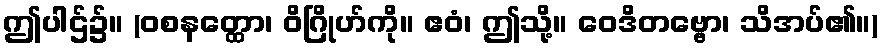
ဤပါဌ်၌။ (ဝစနတ္ထော၊ ဝိဂြိုဟ်ကို။ ဧဝံ၊ ဤသို့။ ဝေဒိတဗ္ဗော၊ သိအပ်၏။)